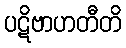
ပဋိဗာဟတီတိ